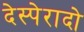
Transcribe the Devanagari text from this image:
देस्पेरादो